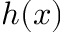
h ( x )